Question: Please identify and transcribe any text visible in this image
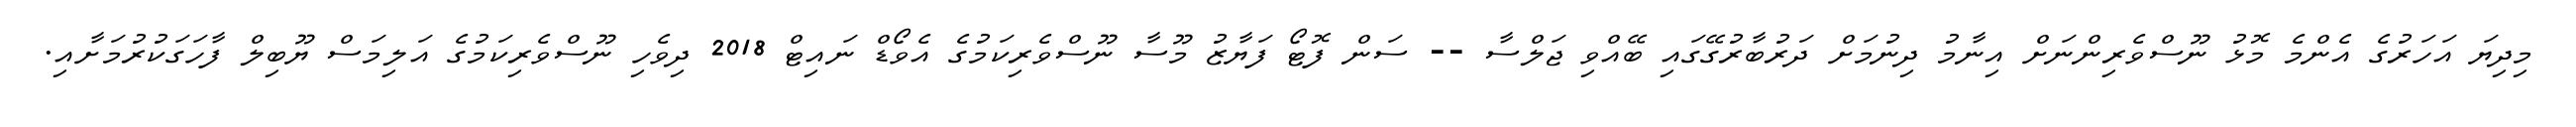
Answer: މިދިޔަ އަހަރުގެ އެންމެ މޮޅު ނޫސްވެރިންނަށް އިނާމު ދިނުމަށް ދަރުބާރުގޭގައި ބޭއްވި ޖަލްސާ -- ސަން ފޮޓޯ ފަޔާޒު މޫސާ ނޫސްވެރިކަމުގެ އެވޯޑް ނައިޓް 2018 ދިވެހި ނޫސްވެރިކަމުގެ އަލިމަސް ޔޫބިލް ފާހަގަކުރުމަށާއި.